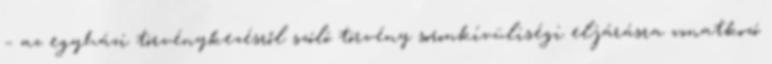
– az egyházi törvénykezésről szóló törvény soronkívüliségi eljárásra vonatkozó